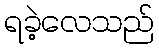
ရခဲ့လေသည်